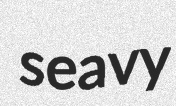
seavy